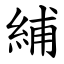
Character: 䋠